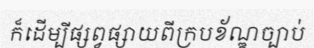
ក៏ដើម្បីផ្សព្វផ្សាយពីក្របខ័ណ្ឌច្បាប់